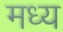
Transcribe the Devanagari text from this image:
मध्य